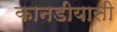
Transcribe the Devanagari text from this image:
कानडीयासी